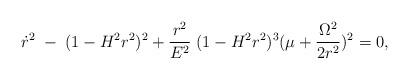
LaTeX: \begin{align*}\dot{r}^{2}\;-\;(1-H^{2}r^{2})^{2}+\frac{r^{2}}{E^{2}}\;(1-H^{2}r^{2})^{3}(\mu+\frac{\Omega^{2}}{2r^{2}})^{2}=0,\end{align*}